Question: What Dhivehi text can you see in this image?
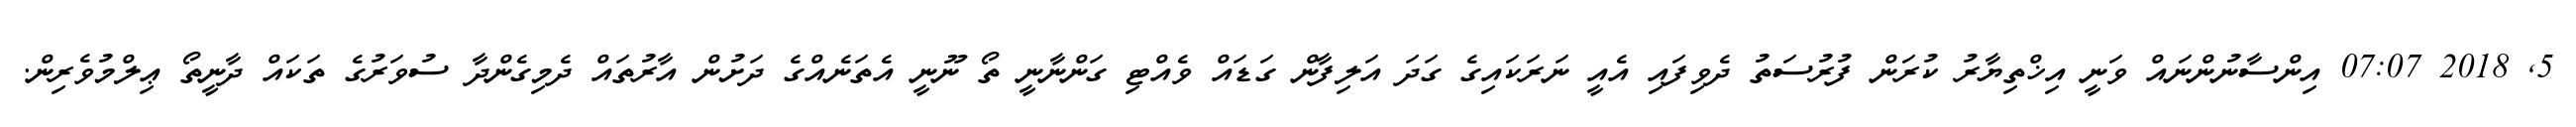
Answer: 5, 2018 07:07 އިންސާނުންނައް ވަނީ އިޚްތިޔާރު ކުރަން ފުރުސަތު ދެވިފައި އެއީ ނަރަކައިގެ ގަދަ އަލިފާން ގަޑައް ވެއްޓި ގަންނާނީ ތޯ ނޫނީ އެތަނެއްގެ ދަށުން އާރުތައް ދެމިގެންދާ ސުވަރުގެ ތަކައް ދާނީތޯ ޢިލްމުވެރިން.